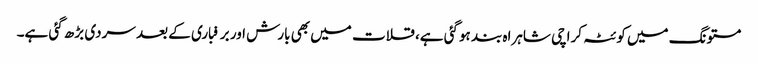
مستونگ میں کوئٹہ کراچی شاہراہ بند ہوگئی ہے، قلات میں بھی بارش اور برفباری کے بعد سردی بڑھ گئی ہے۔